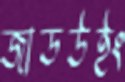
জাডউইং